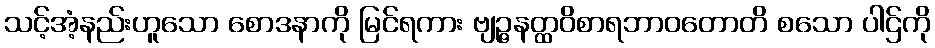
သင့်အံ့နည်းဟူသော စောဒနာကို မြင်ရကား ဗျဉ္ဇနတ္ထဝိစာရဘာဝတောတိ စသော ပါဌ်ကို